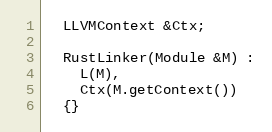
Language: C++
  LLVMContext &Ctx;

  RustLinker(Module &M) :
    L(M),
    Ctx(M.getContext())
  {}